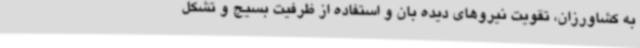
به کشاورزان، تقویت نیروهای دیده بان و استفاده از ظرفیت بسیج و تشکل